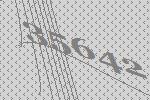
35642